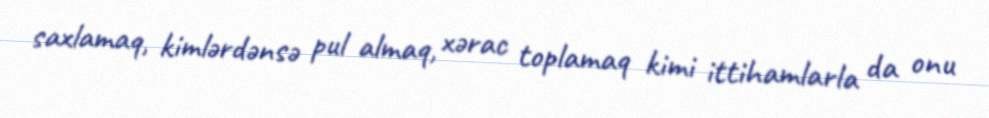
saxlamaq, kimlərdənsə pul almaq, xərac toplamaq kimi ittihamlarla da onu